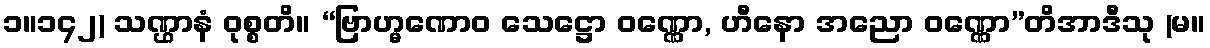
၁။၁၄၂) သဏ္ဌာနံ ဝုစ္စတိ။ “ဗြာဟ္မဏောဝ သေဋ္ဌော ဝဏ္ဏော, ဟီနော အညော ဝဏ္ဏော”တိအာဒီသု (မ။